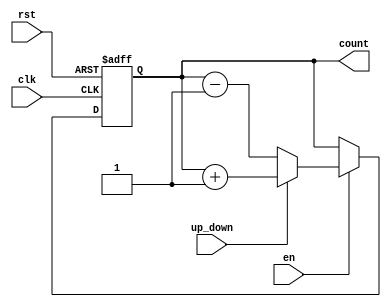
module up_down_counter (
    input wire clk,          // Clock signal
    input wire rst,          // Asynchronous reset
    input wire en,           // Enable signal
    input wire up_down,      // Up/Down control signal
    output reg [N-1:0] count // N-bit count output
);
    parameter N = 4; // Define the bit-width of the counter (adjust as needed)

    // Asynchronous reset and counting logic
    always @(posedge clk or posedge rst) begin
        if (rst) begin
            count <= 0; // Reset count to 0
        end else if (en) begin
            if (up_down) begin
                count <= count + 1; // Increment count
            end else begin
                count <= count - 1; // Decrement count
            end
        end
    end

endmodule